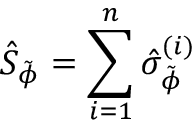
\hat { S } _ { \tilde { \phi } } = \sum _ { i = 1 } ^ { n } \hat { \sigma } _ { \tilde { \phi } } ^ { ( i ) }